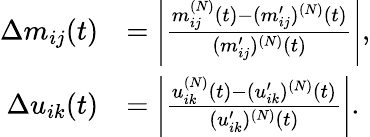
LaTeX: \begin{array}{rl}{\Delta m_{ij}(t)}&{=\left|\frac{m_{ij}^{(N)}(t)-(m_{ij}^{\prime})^{(N)}(t)}{(m_{ij}^{\prime})^{(N)}(t)}\right|,}\\ {\Delta u_{ik}(t)}&{=\left|\frac{u_{ik}^{(N)}(t)-(u_{ik}^{\prime})^{(N)}(t)}{(u_{ik}^{\prime})^{(N)}(t)}\right|.}\end{array}